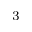
_ \mathrm { 3 }